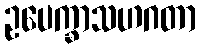
ဥပေက္ခာသဟဂတာ